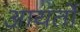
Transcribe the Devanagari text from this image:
आयर्तो